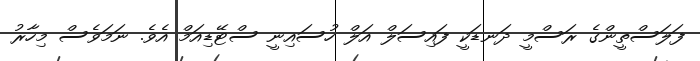
ފަލަސްތީންގެ ރަސްމީ ދަނޑަކީ ފައިސަލް އަލް ހުސައިނީ ސްޓޭޑިއަމް އެވެ. ނަމަވެސް މިހާރު